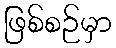
ဖြစ်စဉ်မှာ